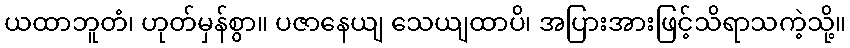
ယထာဘူတံ၊ ဟုတ်မှန်စွာ။ ပဇာနေယျ သေယျထာပိ၊ အပြားအားဖြင့်သိရာသကဲ့သို့။